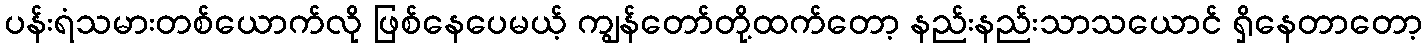
ပန်းရံသမားတစ်ယောက်လို ဖြစ်နေပေမယ့် ကျွန်တော်တို့ထက်တော့ နည်းနည်းသာသယောင် ရှိနေတာတော့